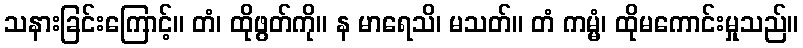
သနားခြင်းကြောင့်။ တံ၊ ထိုဖွတ်ကို။ န မာရေသိ၊ မသတ်။ တံ ကမ္မံ၊ ထိုမကောင်းမှုသည်။